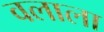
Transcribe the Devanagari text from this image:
वलाला